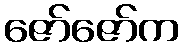
ဇော်ဇော်က